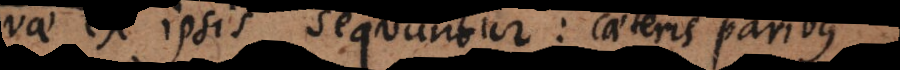
quae ex ipsis sequuntur: caeteris pari